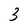
Character: 3